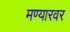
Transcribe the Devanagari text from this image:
मण्यारवर